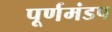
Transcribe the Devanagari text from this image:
पूर्णमंडप